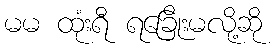
မမ ထုံးရီ ရခြေိုးမလို့ဆို